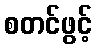
စတင်ဖွင့်